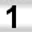
Digit: 1